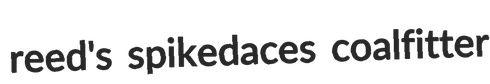
reed's spikedaces coalfitter